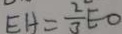
E H = \frac { 2 } { 3 } E O